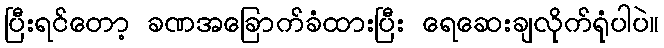
ပြီးရင်တော့ ခဏအခြောက်ခံထားပြီး ရေဆေးချလိုက်ရုံပါပဲ။